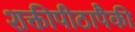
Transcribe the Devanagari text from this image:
शक्तीपीठापैकी